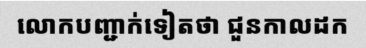
លោកបញ្ជាក់ទៀតថា ជួនកាលដក